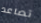
تصاعد